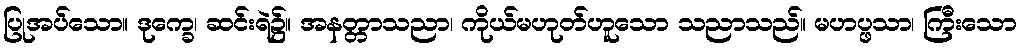
ပြုအပ်သော။ ဒုက္ခေ၊ ဆင်းရဲ၌။ အနတ္တာသညာ၊ ကိုယ်မဟုတ်ဟူသော သညာသည်။ မဟပ္ဖသာ၊ ကြီးသော